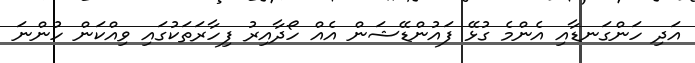
އަދި ހަންގަނޑާއި އެންމެ ގުޅޭ ފައުންޑޭޝަން އެއް ހޯދާއިރު ފިހާރަތަކުގައި ވިއްކަން ހުންނަ